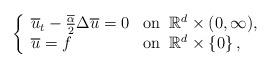
LaTeX: \begin{align*}\left\{\begin{array}{ll} \overline{u}_t-\frac{\overline{\alpha}}{2}\Delta \overline{u}=0 & \textrm{on}\;\;\mathbb{R}^d\times(0,\infty), \\ \overline{u}=f & \textrm{on}\;\;\mathbb{R}^d\times\left\{0\right\},\end{array}\right.\end{align*}